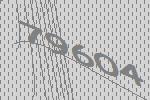
79604